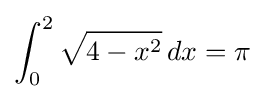
\int _{0}^{2}{\sqrt {4-x^{2}}}\,dx=\pi